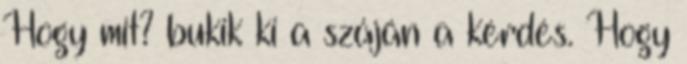
Hogy mit? bukik ki a száján a kérdés. Hogy